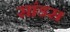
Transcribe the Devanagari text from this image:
सांडस